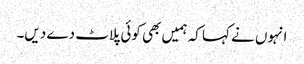
انہوں نے کہا کہ ہمیں بھی کوئی پلاٹ دے دیں۔